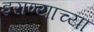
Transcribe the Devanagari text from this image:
इराण्याच्या